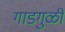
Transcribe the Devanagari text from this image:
गाडगुळी